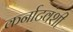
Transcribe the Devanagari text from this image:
कर्नाटवंशी